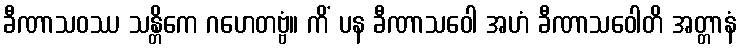
ခီဏာသဝဿ သန္တိကေ ဂဟေတဗ္ဗံ။ ကိံ ပန ခီဏာသဝေါ အဟံ ခီဏာသဝေါတိ အတ္တာနံ